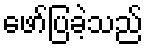
ဖော်ပြခဲ့သည်